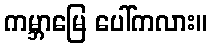
ကမ္ဘာမြေ ပေါ်ကလား။